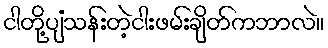
ငါတို့ပျံသန်းတဲ့ငါးဖမ်းချိတ်ကဘာလဲ။